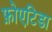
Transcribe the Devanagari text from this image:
फ़ोएटिडा